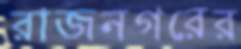
রাজনগরের